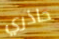
حاذري